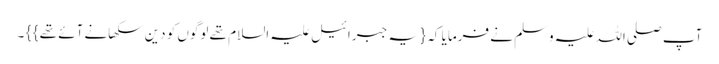
آپ صلی اللہ علیہ وسلم نے فرمایا کہ { یہ جبرائیل علیہ السلام تھے لوگوں کو دین سکھانے آئے تھے } } ۔